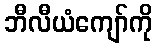
ဘီလီယံကျော်ကို